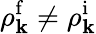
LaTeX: \rho_{\mathbf{k}}^{\mathrm{f}}\neq\rho_{\mathbf{k}}^{\mathrm{i}}